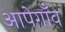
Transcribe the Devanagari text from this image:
आपेगाँव